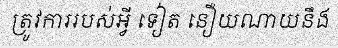
ត្រូវការរបស់អ្វី ទៀត នឿយណាយនឹង